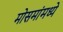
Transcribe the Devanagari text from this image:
मोसमांमध्ये